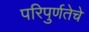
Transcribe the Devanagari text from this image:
परिपुर्णतेचे